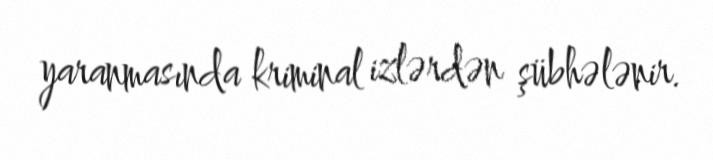
yaranmasında kriminal izlərdən şübhələnir.